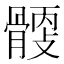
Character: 𩩹